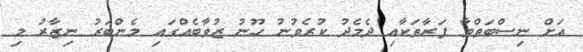
އަށް ނިސްބަތްވާ ފަރާތަކާއި ދެމެދު ކުރެވުނު ހޫނު ޒުވާބެއްގައި މެންބަރު ނިޒާރު މި